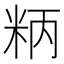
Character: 𥹘